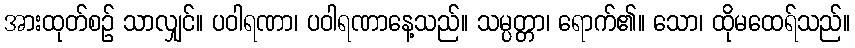
အားထုတ်စဉ် သာလျှင်။ ပဝါရဏာ၊ ပဝါရဏာနေ့သည်။ သမ္ပတ္တာ၊ ရောက်၏။ သော၊ ထိုမထေရ်သည်။